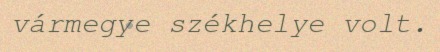
vármegye székhelye volt.